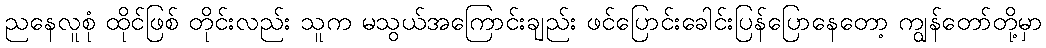
ညနေလူစုံ ထိုင်ဖြစ် တိုင်းလည်း သူက မသွယ်အကြောင်းချည်း ဖင်ပြောင်းခေါင်းပြန်ပြောနေတော့ ကျွန်တော်တို့မှာ